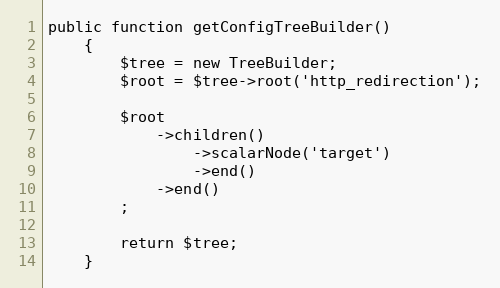
Language: PHP
public function getConfigTreeBuilder()
    {
        $tree = new TreeBuilder;
        $root = $tree->root('http_redirection');

        $root
            ->children()
                ->scalarNode('target')
                ->end()
            ->end()
        ;

        return $tree;
    }